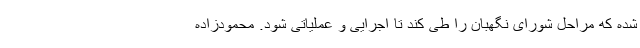
شده که مراحل شورای نگهبان را طی کند تا اجرایی و عملیاتی شود. محمودزاده